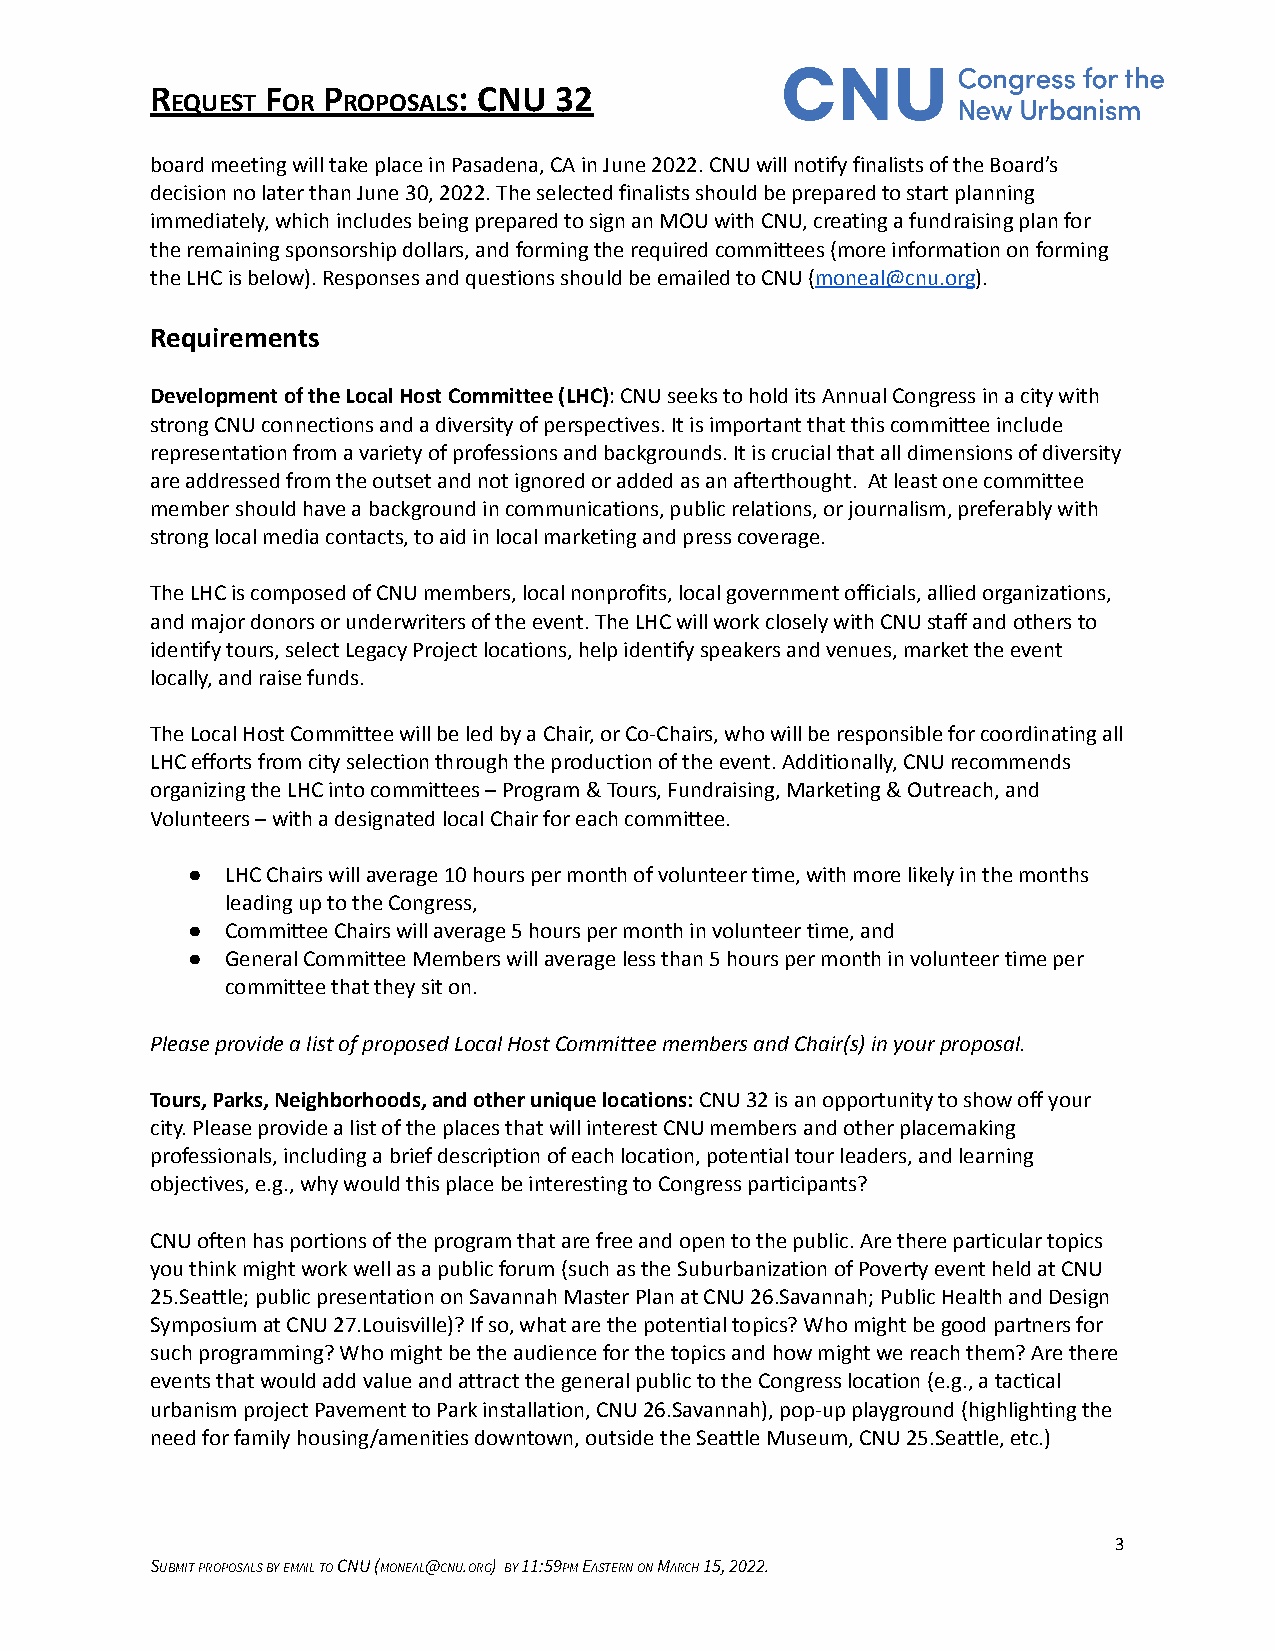
R       F  P        : CNU  32
 EQUEST  OR  ROPOSALS
 board meeting will take place in Pasadena, CA in June 2022. CNU will notify finalists of the Board’s
 decision no later than June 30, 2022. The selected finalists should be prepared to start planning
 immediately, which includes being prepared to sign an MOU with CNU, creating a fundraising plan for
 the remaining sponsorship dollars, and forming the required committees (more information on forming
 the LHC is below). Responses and questions should be emailed to CNU (moneal@cnu.org).
 Requirements
 Development of the Local Host Committee (LHC):CNUseeks to hold its Annual Congress in a city with
 strong CNU connections and a diversity of perspectives. It is important that this committee include
 representation from a variety of professions and backgrounds. It is crucial that all dimensions of diversity
 are addressed from the outset and not ignored or added as an afterthought. At least one committee
 member should have a background in communications, public relations, or journalism, preferably with
 strong local media contacts, to aid in local marketing and press coverage.
 The LHC is composed of CNU members, local nonprofits, local government officials, allied organizations,
 and major donors or underwriters of the event. The LHC will work closely with CNU staff and others to
 identify tours, select Legacy Project locations, help identify speakers and venues, market the event
 locally, and raise funds.
 The Local Host Committee will be led by a Chair, or Co-Chairs, who will be responsible for coordinating all
 LHC efforts from city selection through the production of the event. Additionally, CNU recommends
 organizing the LHC into committees – Program & Tours, Fundraising, Marketing & Outreach, and
 Volunteers – with a designated local Chair for each committee.
 ●  LHC Chairs will average 10 hours per month of volunteer time, with more likely in the months
 leading up to the Congress,
 ●  Committee Chairs will average 5 hours per month in volunteer time, and
 ●  General Committee Members will average less than 5 hours per month in volunteer time per
 committee that they sit on.
 Please provide a list of proposed Local Host Committee members and Chair(s) in your proposal.
 Tours, Parks, Neighborhoods, and other unique locations:CNU 32 is an opportunity to show off your
 city. Please provide a list of the places that will interest CNU members and other placemaking
 professionals, including a brief description of each location, potential tour leaders, and learning
 objectives, e.g., why would this place be interesting to Congress participants?
 CNU often has portions of the program that are free and open to the public. Are there particular topics
 you think might work well as a public forum (such as the Suburbanization of Poverty event held at CNU
 25.Seattle; public presentation on Savannah Master Plan at CNU 26.Savannah; Public Health and Design
 Symposium at CNU 27.Louisville)? If so, what are the potential topics? Who might be good partners for
 such programming? Who might be the audience for the topics and how might we reach them? Are there
 events that would add value and attract the general public to the Congress location (e.g., a tactical
 urbanism project Pavement to Park installation, CNU 26.Savannah), pop-up playground (highlighting the
 need for family housing/amenities downtown, outside the Seattle Museum, CNU 25.Seattle, etc.)
 3
 SUBMITPROPOSALSBYEMAILTOCNU (MONEAL@CNU.ORG) BY11:59PMEASTERNONMARCH15, 2022.